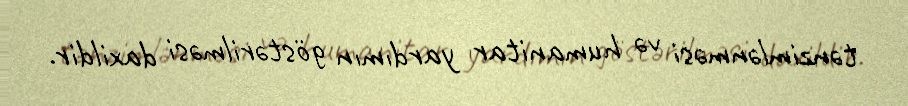
tənzimlənməsi və humanitar yardımın göstərilməsi daxildir.